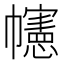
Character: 幰